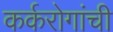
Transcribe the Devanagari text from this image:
कर्करोगांची